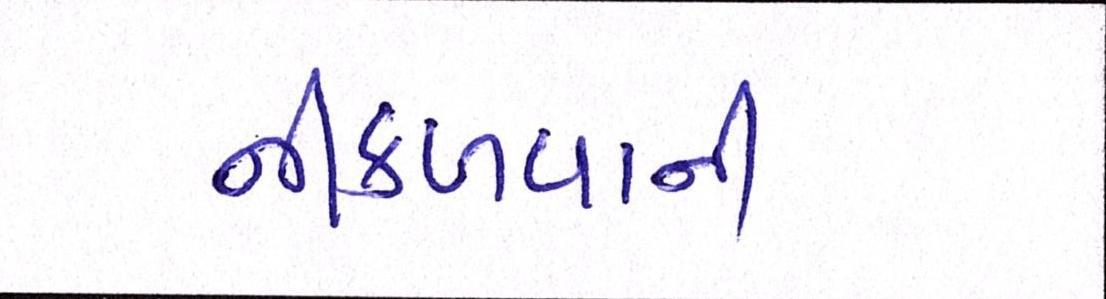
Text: નીકળવાની